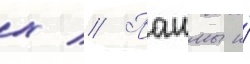
х // Пашмы и́